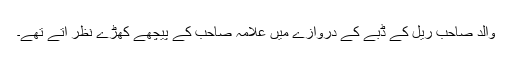
والد صاحب ریل کے ڈبے کے دروازے میں علامہ صاحب کے پیچھے کھڑے نظر آتے تھے۔